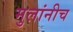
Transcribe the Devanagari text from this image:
मुलांनीच